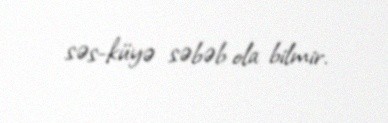
səs-küyə səbəb ola bilmir.